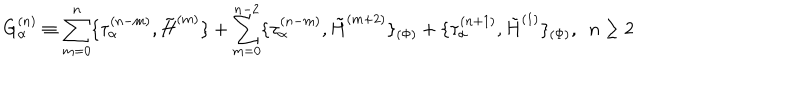
G _ { \alpha } ^ { ( n ) } \equiv \sum _ { m = 0 } ^ { n } \{ \tau _ { \alpha } ^ { ( n - m ) } , \tilde { H } ^ { ( m ) } \} + \sum _ { m = 0 } ^ { n - 2 } \{ \tau _ { \alpha } ^ { ( n - m ) } , \tilde { H } ^ { ( m + 2 ) } \} _ { ( \Phi ) } + \{ \tau _ { \alpha } ^ { ( n + 1 ) } , \tilde { H } ^ { ( 1 ) } \} _ { ( \Phi ) } , ~ ~ n \geq 2